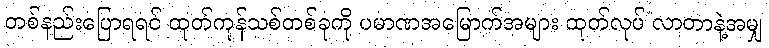
တစ်နည်းပြောရရင် ထုတ်ကုန်သစ်တစ်ခုကို ပမာဏအမြောက်အများ ထုတ်လုပ် လာတာနဲ့အမျှ